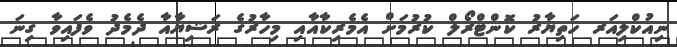
ނިއުކްލިއަރ ހަތިޔާރު ކޮންޓްރޯލް ކުރުމަށް އެމެރިކާއާއި މިހާރުގެ ރަޝިޔާއާ ދެމެދު ވެފައިވާ ގިނަ